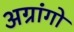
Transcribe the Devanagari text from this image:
अग्रांगो